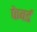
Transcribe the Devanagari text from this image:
फेवर्ड